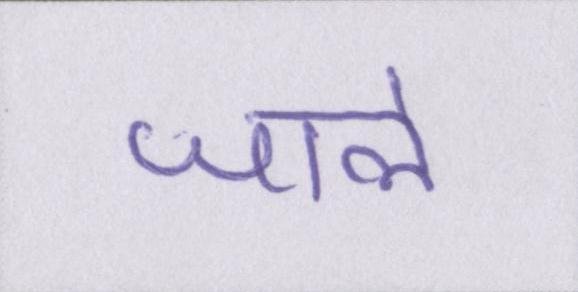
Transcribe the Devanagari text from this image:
जाले